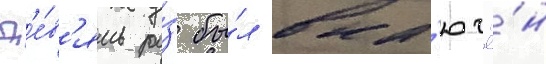
Д'е́в'ять ра́з бы́л вкл'ючё́н